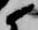
候